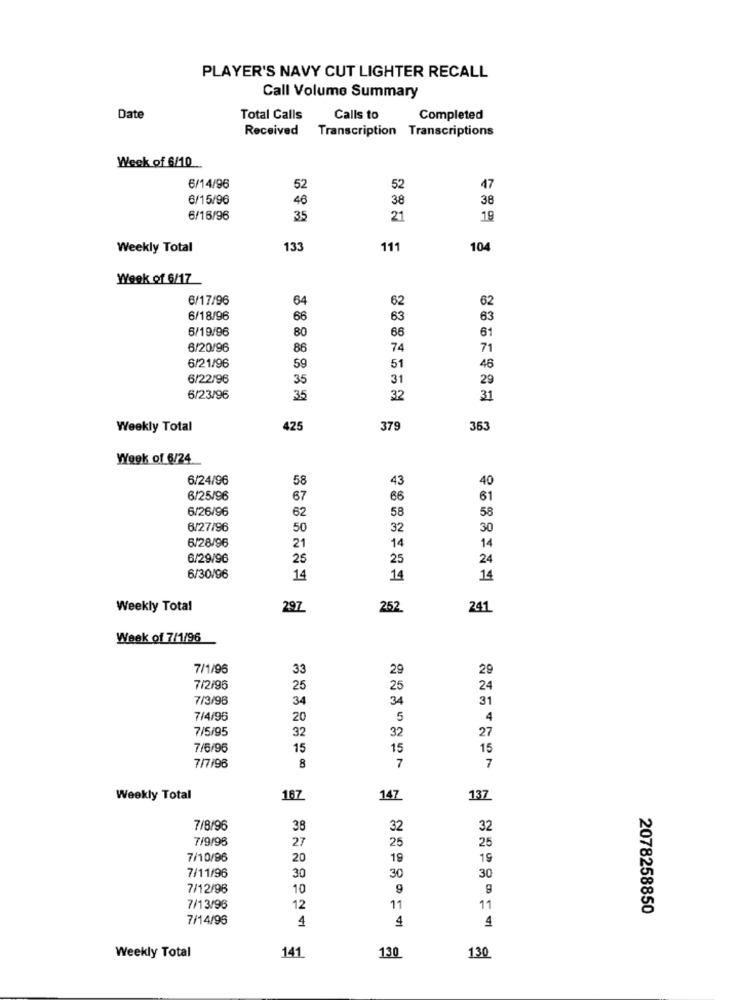
PLAYER'S NAVY CUT LIGHTER RECALL
Call Volume Summary
Date
Total Calls
Calls to
Completed
Received Transcription Transcriptions
Week of 6/10
6/14/96
52
52
47
6/15/96
46
38
38
6/15/96
35
21
19
Weekly Total
133
111
104
Week of 6/17
6/17/96
64
62
62
6/18/96
66
63
63
6/19/96
66
80
61
6/20/96
86
74
71
6/21/96
59
51
48
6/22/96
35
31
29
6/23/96
35
32
31
Weekly Total
425
379
363
Week of 6/24
6/24/96
58
43
40
6/25/96
67
66
81
6/26/96
58
62
58
6/27/96
50
32
30
6/28/96
21
14
14
6/29/96
25
25
24
6/30/96
14
14
14
Weekly Total
297
252
241
Week of 7/1/96
7/1/96
33
29
29
7/2/96
25
25
24
7/3/96
31
34
34
7/4/96
20
5
4
7/5/95
27
32
32
7/6/96
15
15
15
7/7/96
8
7
7
Weekly Total
167
147
137
7/8/96
38
32
32
7/9/98
27
25
25
7/10/96
20
19
19
7/11/96
30
30
30
7/12/96
10
9
9
7/13/96
12
11
11
2078258850
7/14/96
4
4
4
Weekly Total
141
130
130